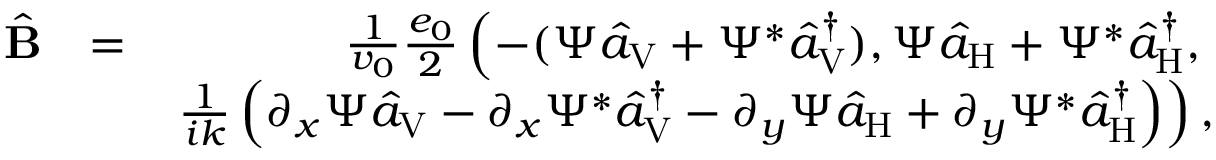
\begin{array} { r l r } { \hat { \bf B } } & { = } & { \frac { 1 } { v _ { 0 } } \frac { e _ { 0 } } { 2 } \left( - ( \Psi \hat { a } _ { \mathrm { V } } + \Psi ^ { * } \hat { a } _ { \mathrm { V } } ^ { \dagger } ) , \Psi \hat { a } _ { \mathrm { H } } + \Psi ^ { * } \hat { a } _ { \mathrm { H } } ^ { \dagger } , \right. } \\ & { } & { \left. \frac { 1 } { i k } \left( \partial _ { x } \Psi \hat { a } _ { \mathrm { V } } - \partial _ { x } \Psi ^ { * } \hat { a } _ { \mathrm { V } } ^ { \dagger } - \partial _ { y } \Psi \hat { a } _ { \mathrm { H } } + \partial _ { y } \Psi ^ { * } \hat { a } _ { \mathrm { H } } ^ { \dagger } \right) \right) , } \end{array}